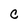
Character: C